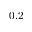
0 . 2